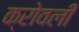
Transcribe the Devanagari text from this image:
क्रोवली